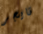
تايجر